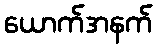
ယောက်အနက်